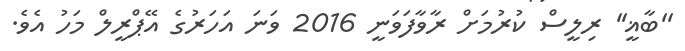
''ބާޣީ'' ރިލީސް ކުރުމަށް ރާވާފަވަނީ 2016 ވަނަ އަހަރުގެ އޭޕްރީލް މަހު އެވެ.